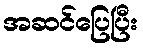
အဆင်ပြေပြီး